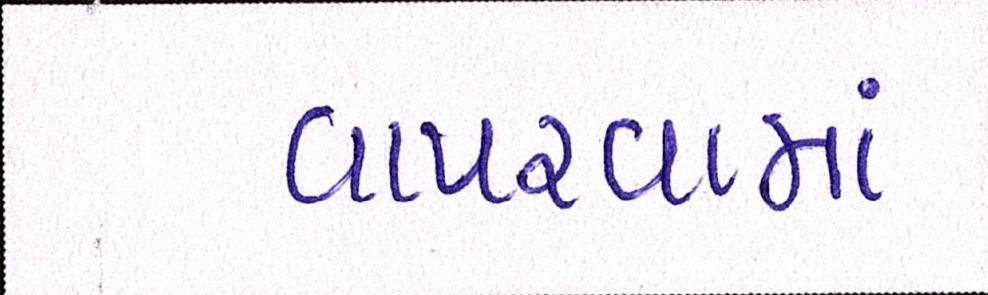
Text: વાપરવામાં